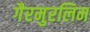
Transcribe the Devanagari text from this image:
गैरमुरलिम